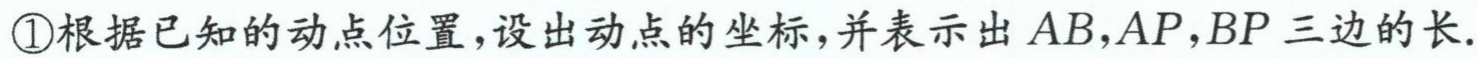
\textcircled{1}根据已知的动点位置，设出动点的坐标，并表示出 \(AB,AP,BP\) 三边的长.